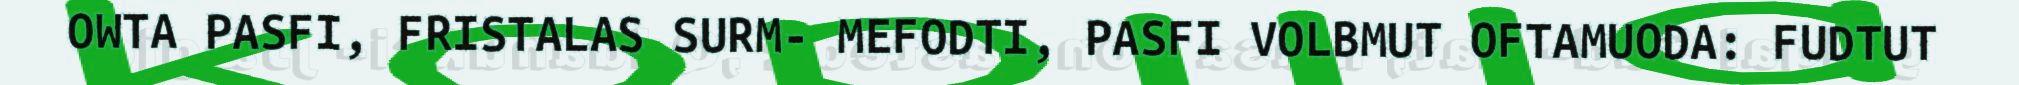
OWTA PASFI, FRISTALAS SURM- MEFODTI, PASFI VOLBMUT OFTAMUODA: FUDTUT